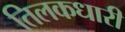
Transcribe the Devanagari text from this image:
तिलकधारी